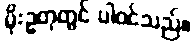
မိုးဥတုတွင် ပါဝင်သည်။